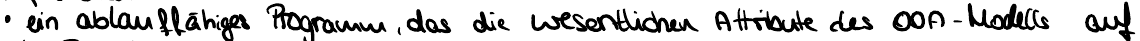
ein ablauffähiges Programm, das die wesentlichen Attribute des OOA-Modells auf